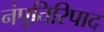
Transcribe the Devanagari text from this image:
नंपूतिरिपाद